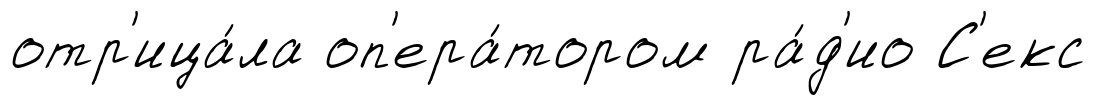
отр'ица́ла оп'ера́тором ра́д'ио С'екс